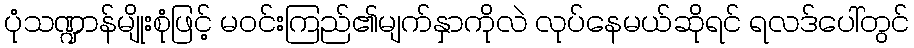
ပုံသဏ္ဍာန်မျိုးစုံဖြင့် မဝင်းကြည်၏မျက်နှာကိုလဲ လုပ်နေမယ်ဆိုရင် ရလဒ်ပေါ်တွင်